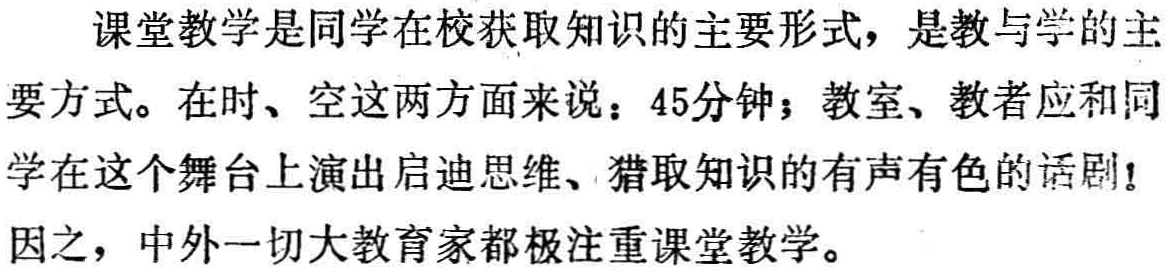
课堂教学是同学在校获取知识的主要形式，是教与学的主要方式。在时、空这两方面来说：45分钟；教室、教者应和同学在这个舞台上演出启迪思维、猎取知识的有声有色的话剧！因之，中外一切大教育家都极注重课堂教学。